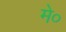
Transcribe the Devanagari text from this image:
मे०